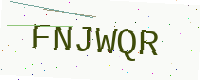
Text: FNJWQR